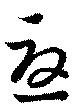
憂